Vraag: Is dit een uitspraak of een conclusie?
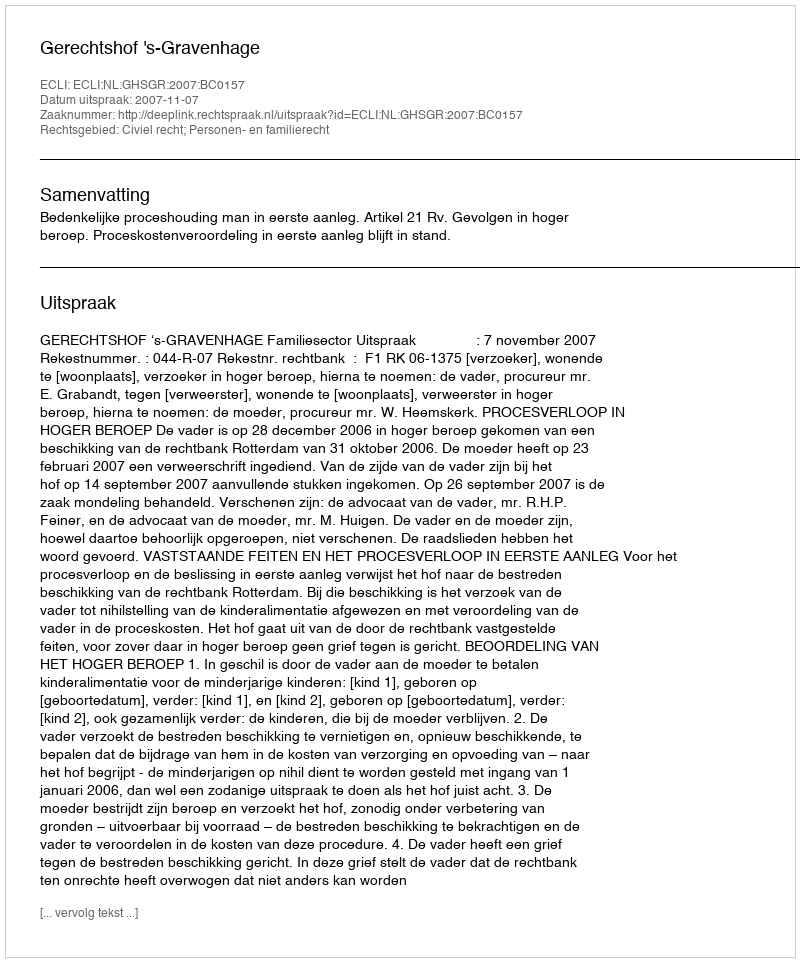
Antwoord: Uitspraak